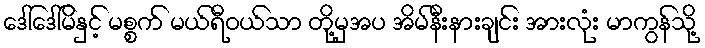
ဒေါ်ဒေါ်မိနှင့် မစ္စက် မယ်ရီဝယ်သာ တို့မှအပ အိမ်နီးနားချင်း အားလုံး မာကွန်သို့